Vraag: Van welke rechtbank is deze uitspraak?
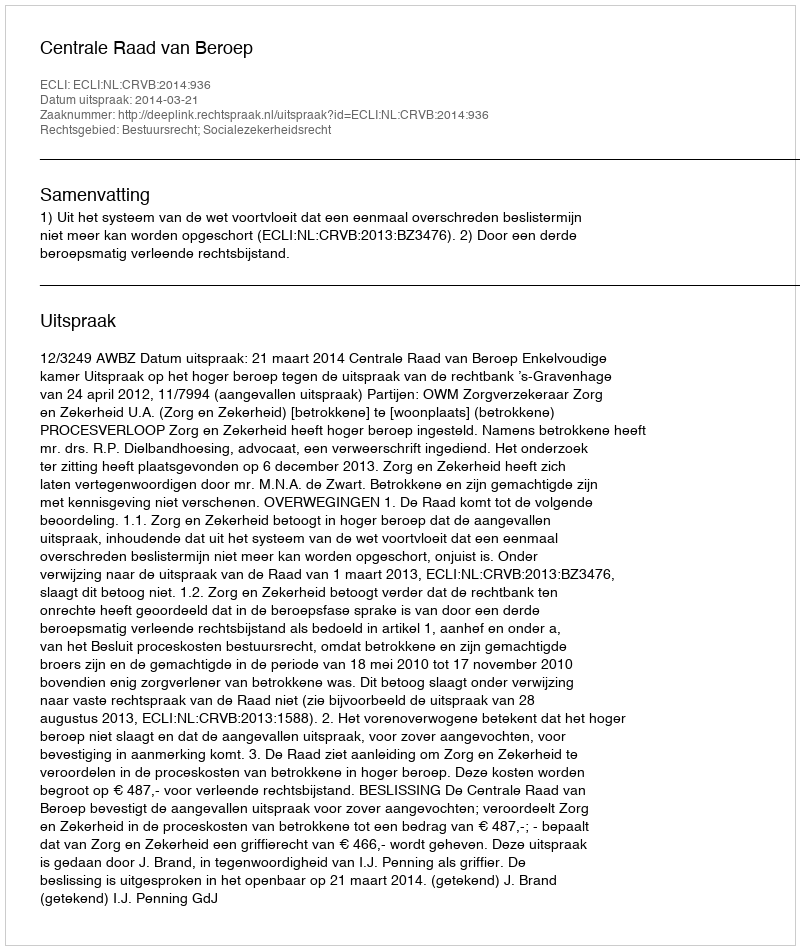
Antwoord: Centrale Raad van Beroep